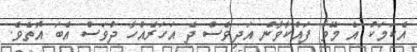
އެކަމަކު އެ މޭވާ ފައްކާވާން އަދިވެސް ދެ އަހަރެއްހާ ދުވަސް އެބަ އޮތެވެ.